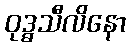
ဝုဒ္ဓသီလိနော